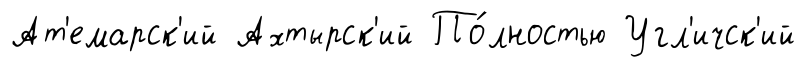
Ат'емарск'ий Ахтырск'ий По́лностью Угл'ичск'ий